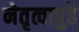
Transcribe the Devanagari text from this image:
नेतृत्वापुढे